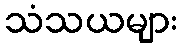
သံသယများ